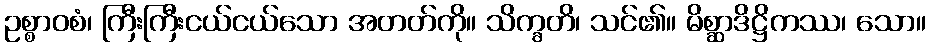
ဥစ္စာဝစံ၊ ကြီးကြီးငယ်ငယ်သော အတတ်ကို။ သိက္ခတိ၊ သင်၏။ မိစ္ဆာဒိဋ္ဌိကဿ၊ သော။